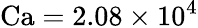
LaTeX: \textrm{Ca}=2.08\times 10^{4}